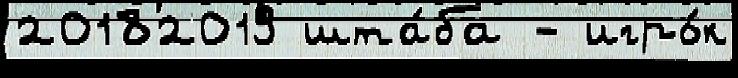
20182019 шта́ба - игро́к